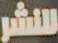
للنشر